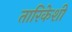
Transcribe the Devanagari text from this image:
तारिकेशी